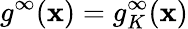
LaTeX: g^{\infty}(\mathbf{x})=g_{K}^{\infty}(\mathbf{x})